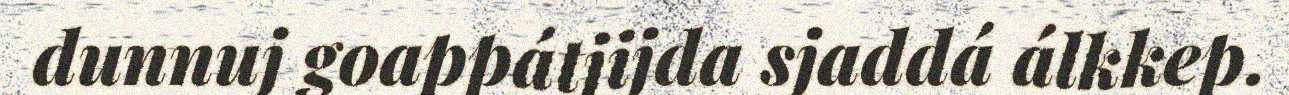
dunnuj goappátjijda sjaddá álkkep.